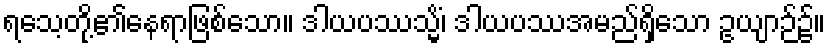
ရသေ့တို့၏နေရာဖြစ်သော။ ဒါယပဿသ္မိံ၊ ဒါယပဿအမည်ရှိသော ဥယျာဉ်၌။